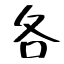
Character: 各